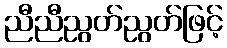
ညီညီညွတ်ညွတ်ဖြင့်